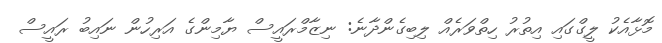
މޮޅާއެކު ލީގްގައި އިތުރު ހިތްވަރެއް ލިބިގެންދާނެ: ނިޒާމްރައީސް ޔާމިންގެ އަރިހުން ނައިބު ރައީސް